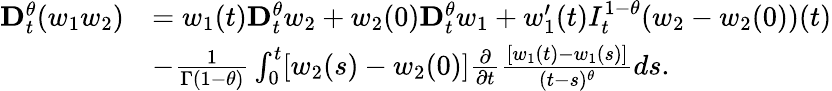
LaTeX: \begin{array}{rl}{\mathbf{D}_{t}^{\theta}(w_{1}w_{2})}&{=w_{1}(t)\mathbf{D}_{t}^{\theta}w_{2}+w_{2}(0)\mathbf{D}_{t}^{\theta}w_{1}+w_{1}^{\prime}(t)I_{t}^{1-\theta}(w_{2}-w_{2}(0))(t)}\\ &{-\frac{1}{\Gamma(1-\theta)}\int_{0}^{t}[w_{2}(s)-w_{2}(0)]\frac{\partial}{\partial t}\frac{[w_{1}(t)-w_{1}(s)]}{(t-s)^{\theta}}ds.}\end{array}